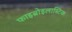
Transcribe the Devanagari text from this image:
फाइब्रोइलास्टिक